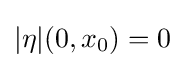
|\eta |(0,x_{0})=0